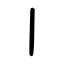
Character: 丨